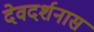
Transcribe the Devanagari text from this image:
देवदर्शनास